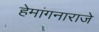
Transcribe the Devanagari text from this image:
हेमांगनाराजे